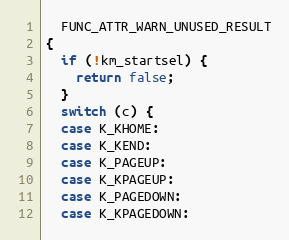
Language: C
  FUNC_ATTR_WARN_UNUSED_RESULT
{
  if (!km_startsel) {
    return false;
  }
  switch (c) {
  case K_KHOME:
  case K_KEND:
  case K_PAGEUP:
  case K_KPAGEUP:
  case K_PAGEDOWN:
  case K_KPAGEDOWN: